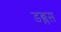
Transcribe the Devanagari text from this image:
डब्लस